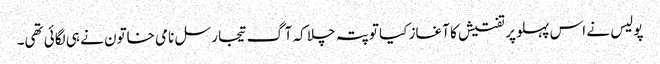
پولیس نے اس پہلو پر تفتیش کا آغاز کیا تو پتہ چلا کہ آگ تیجا رسل نامی خاتون نے ہی لگائی تھی۔